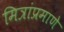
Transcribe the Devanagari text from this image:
मित्रांप्रमाणे